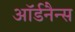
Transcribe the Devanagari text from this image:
ऑर्डनैन्स